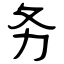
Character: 务